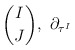
\begin{align*} \binom{I}{J},\ \partial_{\tau^I}\end{align*}